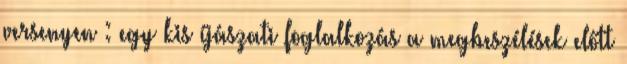
versenyen : egy kis íjászati foglalkozás a megbeszélések előtt